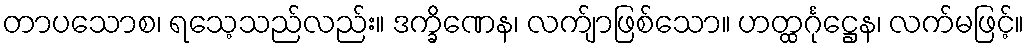
တာပသောစ၊ ရသေ့သည်လည်း။ ဒက္ခိဏေန၊ လက်ျာဖြစ်သော။ ဟတ္ထင်္ဂုဋ္ဌေန၊ လက်မဖြင့်။